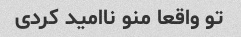
تو واقعا منو ناامید کردی